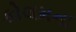
કોલમના